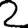
Digit: 2